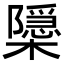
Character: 𭬚